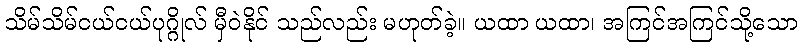
သိမ်သိမ်ငယ်ငယ်ပုဂ္ဂိုလ် မှီဝဲနိုင် သည်လည်း မဟုတ်ခဲ့။ ယထာ ယထာ၊ အကြင်အကြင်သို့သော